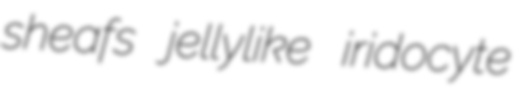
sheafs jellylike iridocyte